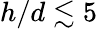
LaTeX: h/d\lesssim 5